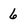
Character: 6